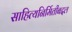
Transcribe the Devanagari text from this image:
साहित्यनिर्मितीबद्दल